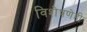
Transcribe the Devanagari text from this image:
विशेषणेही